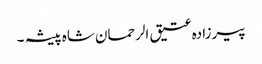
پیرزادہ عتیق الرحمان شاہ پیشہ ۔